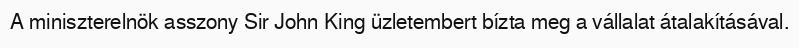
A miniszterelnök asszony Sir John King üzletembert bízta meg a vállalat átalakításával.